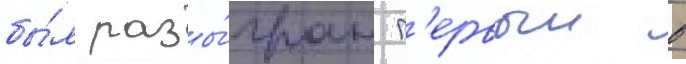
бы́л разы́гран п'ервыи в